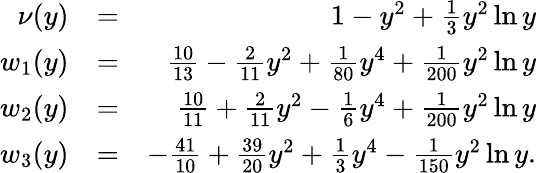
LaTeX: \begin{array}{rlr}{\nu(y)}&{=}&{1-y^{2}+\frac{1}{3}y^{2}\ln y}\\ {w_{1}(y)}&{=}&{\frac{10}{13}-\frac{2}{11}y^{2}+\frac{1}{80}y^{4}+\frac{1}{200}y^{2}\ln y}\\ {w_{2}(y)}&{=}&{\frac{10}{11}+\frac{2}{11}y^{2}-\frac{1}{6}y^{4}+\frac{1}{200}y^{2}\ln y}\\ {w_{3}(y)}&{=}&{-\frac{41}{10}+\frac{39}{20}y^{2}+\frac{1}{3}y^{4}-\frac{1}{150}y^{2}\ln y.}\end{array}